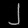
Digit: ၂